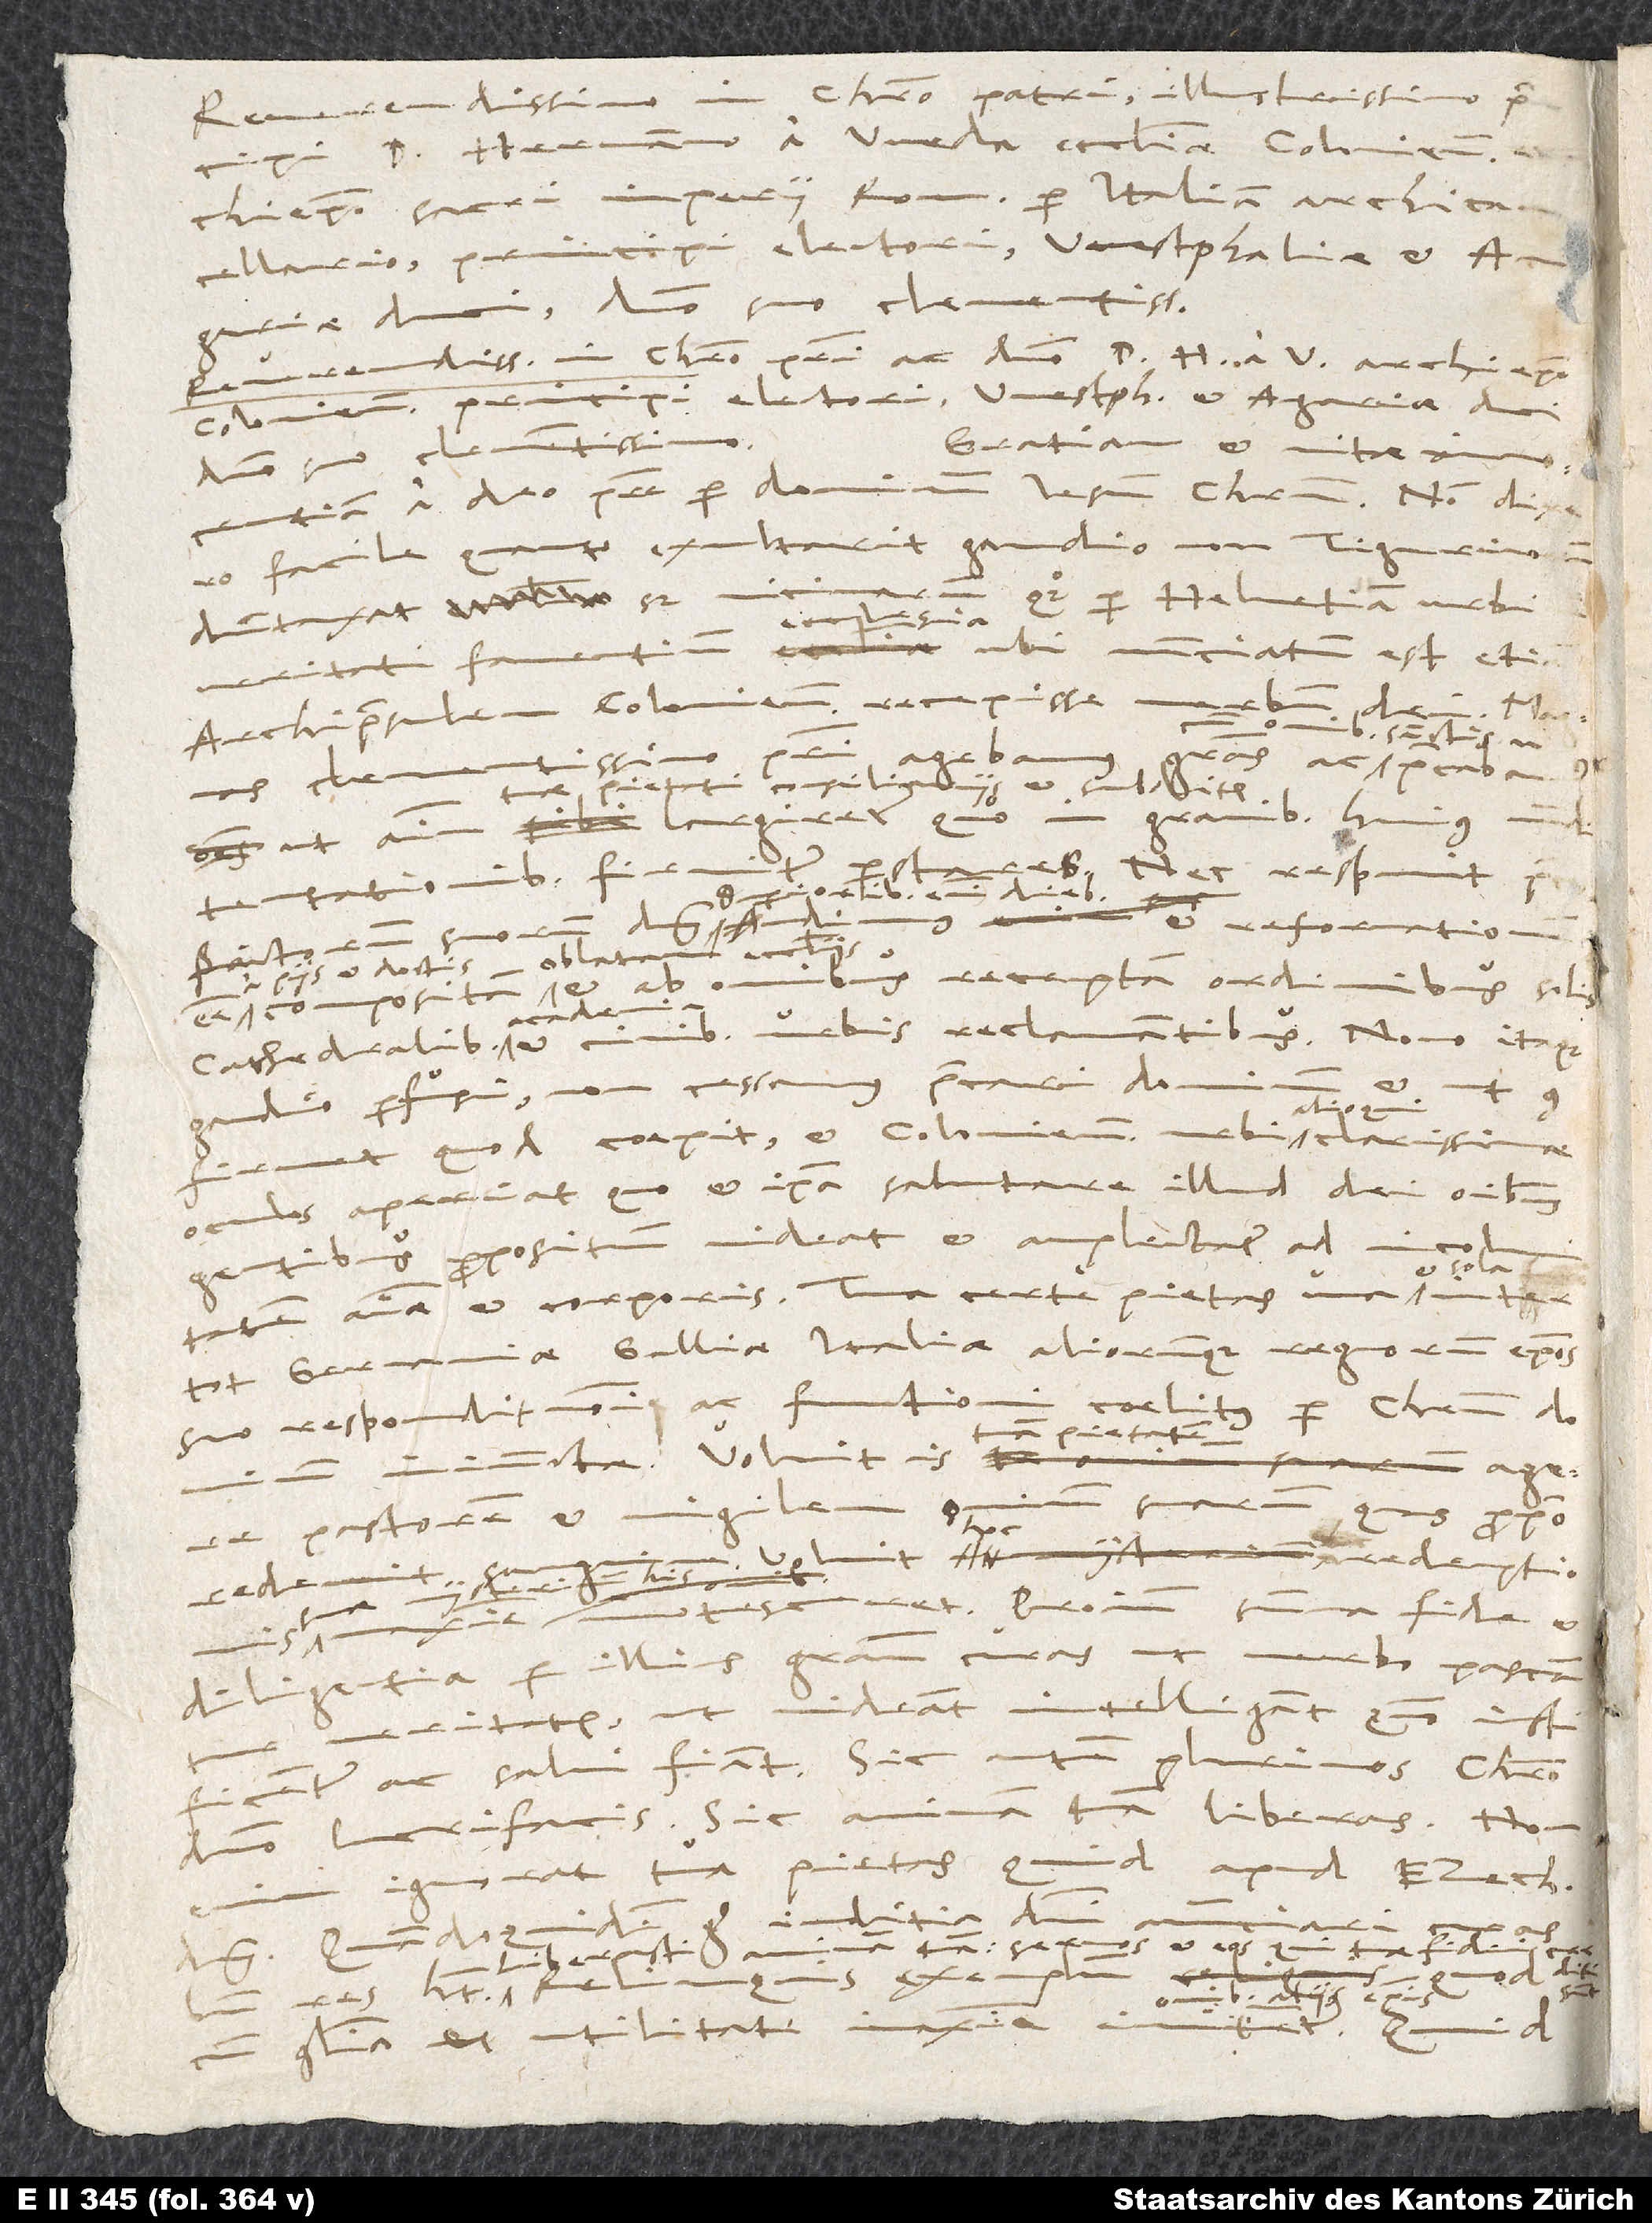
Reverendissimo in Christo patri, illustrissimo
principi d. Hermanno a Weda, ecclesiae Coloniensis
archiepiscopo, sacri imperii Romani per Italiam archicancellario,
principi electori, Westphaliae et Angariae
duci, domino suo clementissimo.
Gratiam et vitae innocentiam
a deo patre per dominum Iesum Christum. Non dixero
facile, quanto exultarit gaudio non Tigurinorum
quoque per Helvetiam urbium
dumtaxat, sed
veritati faventium ecclesia, ubi nunciatum est etiam
archipraesulem Coloniensem recepisse verbum
sanctis
tuae pietati, consiliariis
largiretur, quo in gravibus
huius mund
ut animum
Superioribus enim diebus
et reformationem
pastorum
receptam ordinibus, solis
urbis reclamantibus. Novo itaque
cathedralibus,
et ut
gaudio perfusi non cessamus precari dominum,
confirmet, quod coepit, et Coloniensi urbi alioqui clarissimae
oculos aperiat, quo et ipsa salutare illud dei omnibus
propositum videat et amplectatur ad incolumitatem
et sola
tot Germaniae, Galliae, Italiae aliorumque regnorum episcopos
suo respondit nomini ac functioni coelitus per Christum dominum
iniunctae. Voluit is
suarum, quas proprio
pastorem et vigilem ovium
redemptionis
maxime